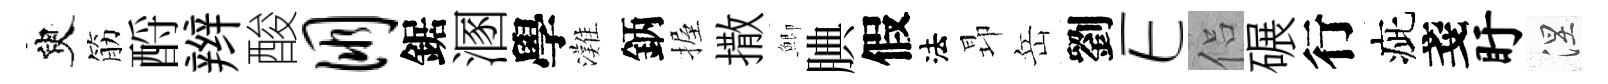
臾筋酹辫酸朋鋸溷學灘鈵握撒鯽腆假法昻岳劉E侣碾行疵戔盱涅